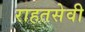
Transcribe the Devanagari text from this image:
राहतसेवी